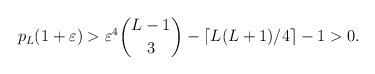
LaTeX: \begin{align*}p_{L}(1+\varepsilon )>\varepsilon ^4\binom{L-1}{3}-\left\lceil L(L+1)/4 \right\rceil -1 >0.\end{align*}